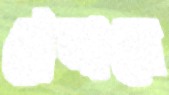
ট্রেসারে